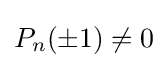
P_{n}(\pm 1)\neq 0